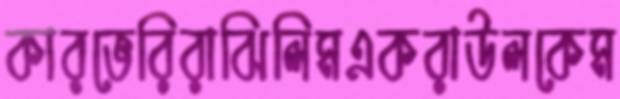
কারভেরিরাঝিলিমএকরাউলকেম